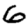
Digit: 6